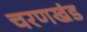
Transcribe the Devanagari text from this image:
चरणखंड